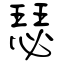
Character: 瑟